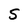
Character: S